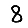
Digit: 8